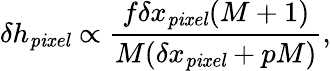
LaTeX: \delta h_{\mathit{pixel}}\propto\frac{f\delta x_{\mathit{pixel}}(M+1)}{M(\delta x_{\mathit{pixel}}+pM)},